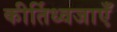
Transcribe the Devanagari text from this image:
कीर्तिध्वजाएँ